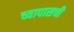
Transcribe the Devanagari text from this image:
च्यापासची